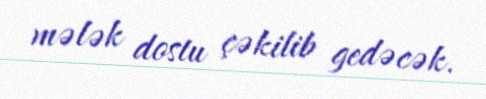
mələk dostu çəkilib gedəcək.